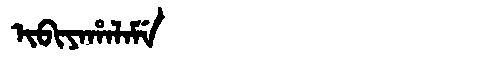
Manchu: ᡳᠪᡳᠶᠠᡥᠠᠯᠠᠮᡝ
Romanization: IBIYAHALAME